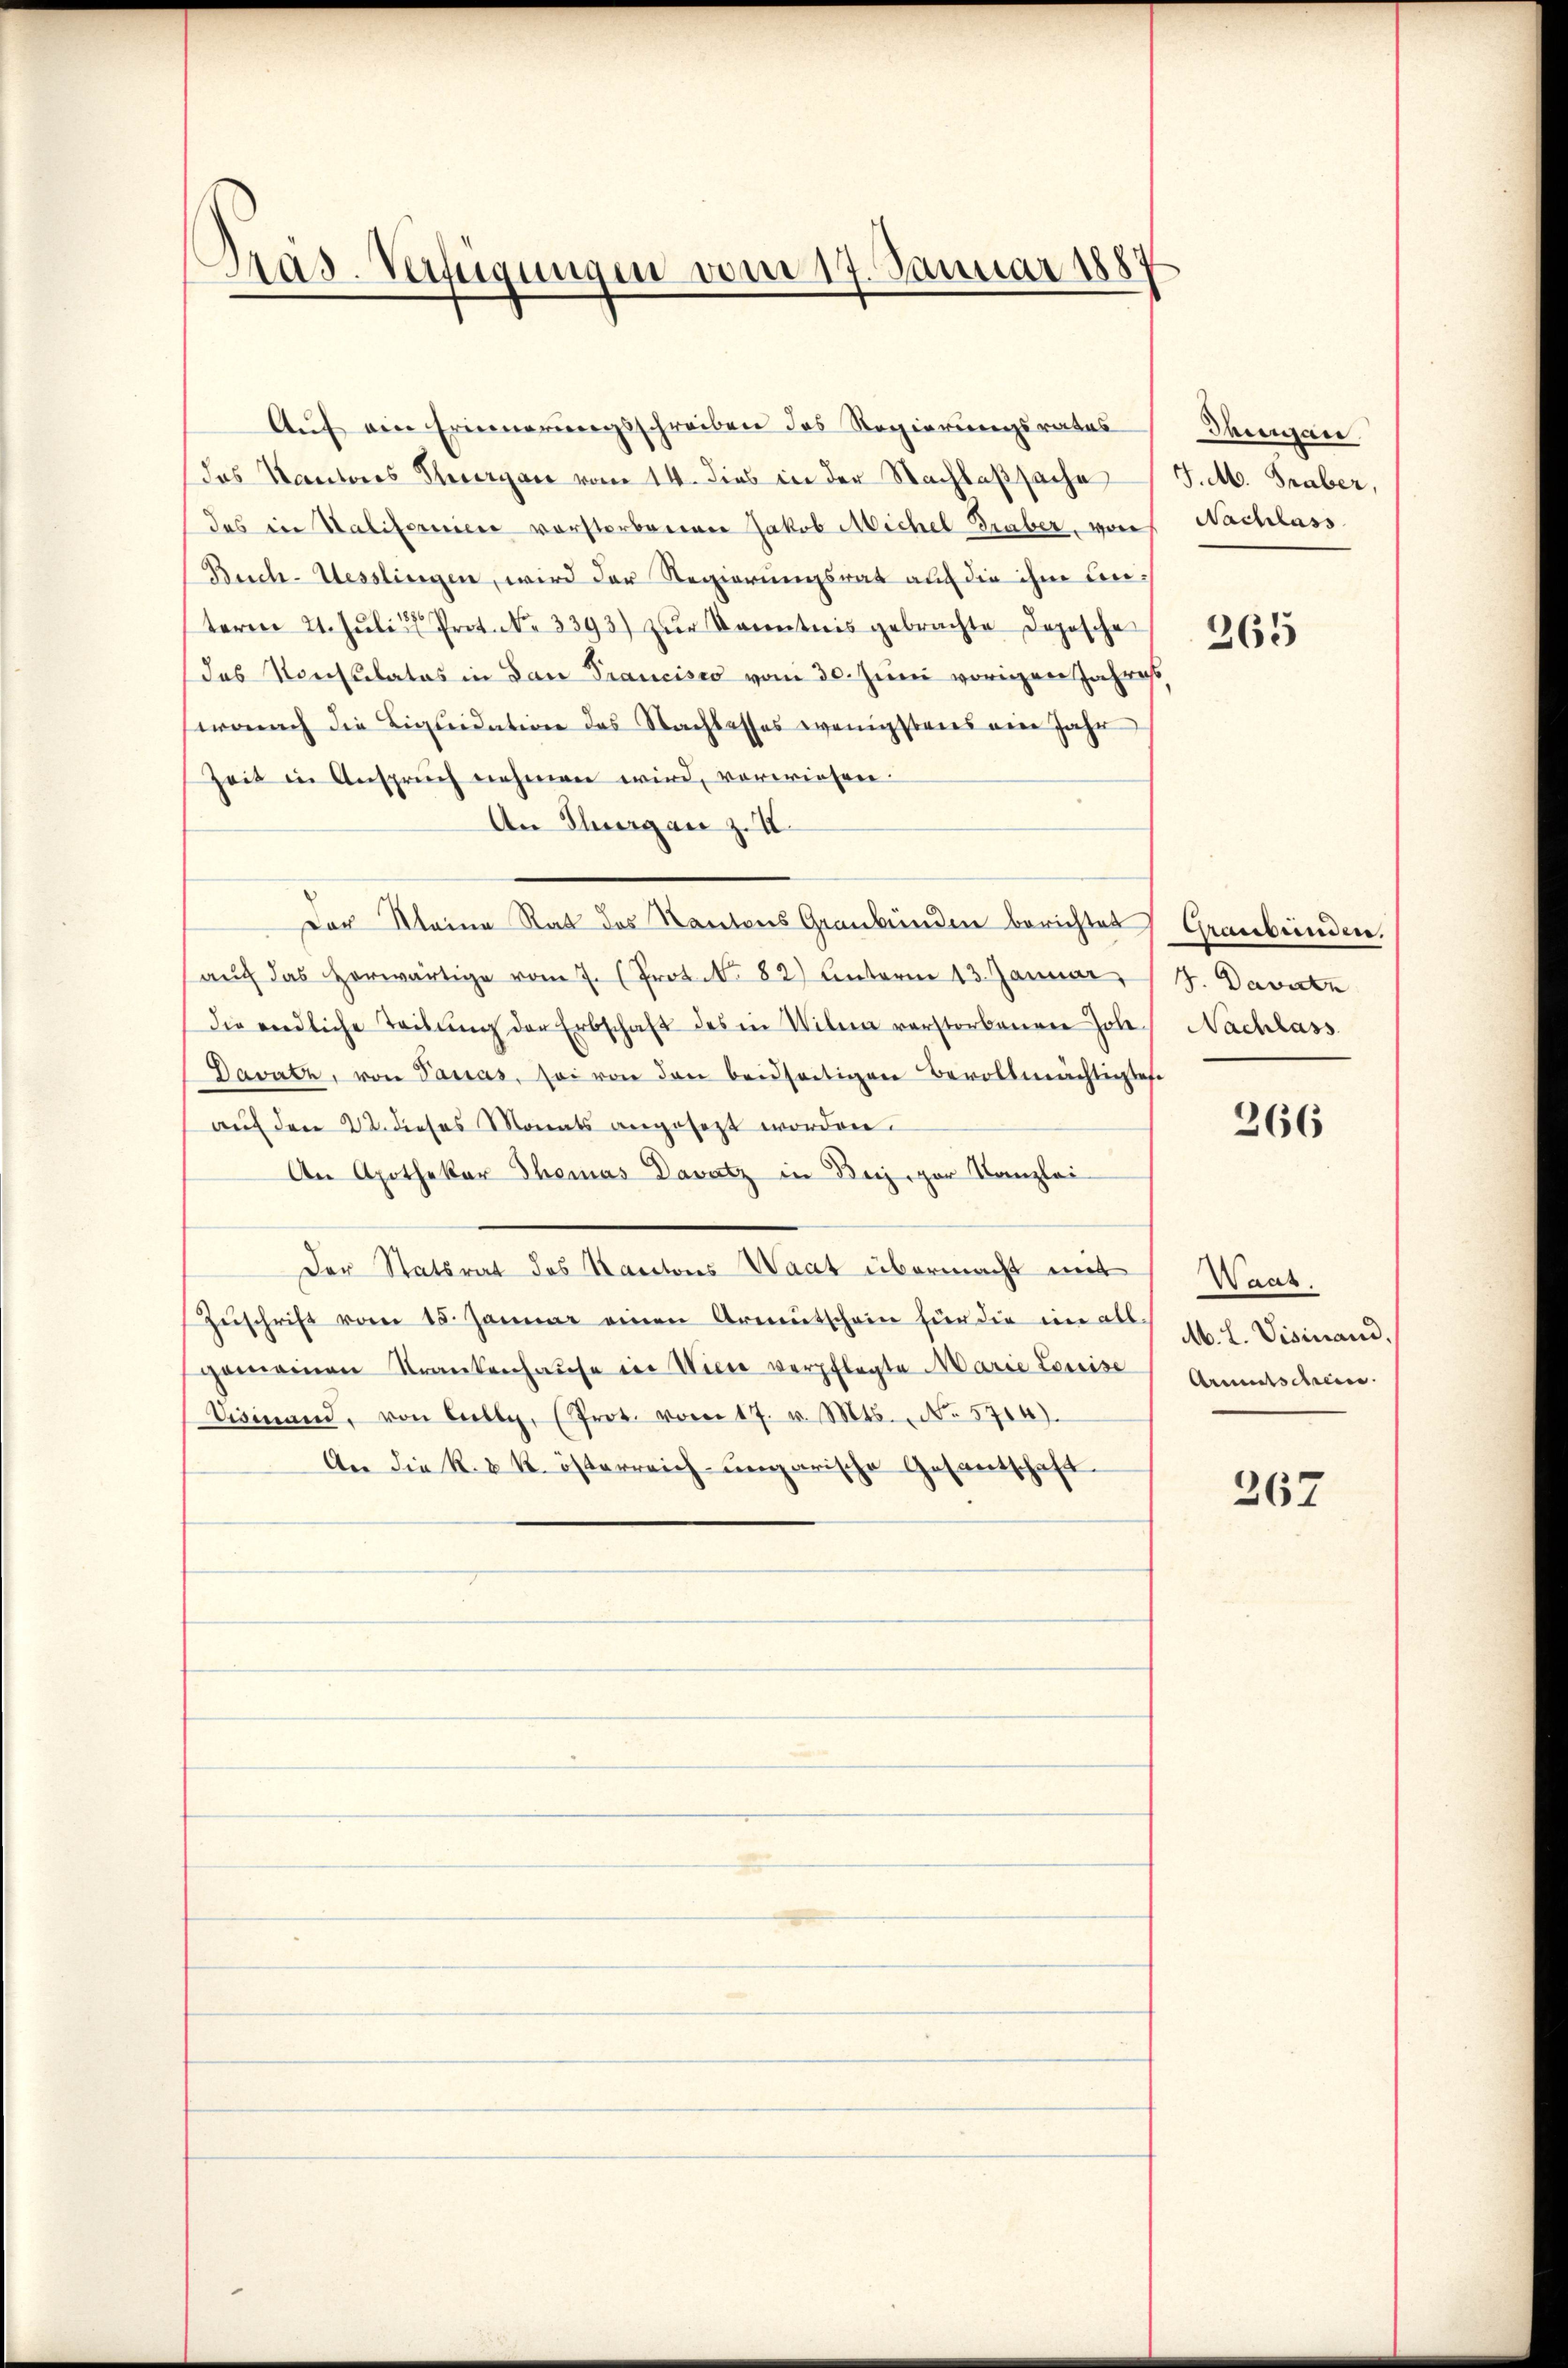
Pras-Verfügungen vom 17. Januar 1887

Auf ein Erinnerungsschreiben des Regierungsrates
das Kantons Hergan vom 14. dies in der Nachlaßsache J. M. Graber,
das in Valiforniere vorstorbenen Jakob Michel Graber, von Nachlass
Buch-Hesslingen, wird der Regierungsrat auf die ihm unterm 21. Juli Prot. 3393) zur Kenntnis gebrachte Depesche
das Konsulates in dan Francisco vom 30. Juni vorigen Jahres
wonach die Liquidation des Nachtesses wenigstens ein Jahr
Zeit in Anspruch nehmen wird, verwiesen.
An Thurgau z.Z.
Der Kleine Rat des Kantons Graubünden berichtet Graubünden.
aŭch das herwärtige vom 7. (Prot. No 82) Unterm 13. Januar 19. Davatz
die endliche Teilŭng der Erbschaft des in Willa verstorbenen Johe¬
Davatz, von Passas, sei von den beidseitigen Bevollmächtigtes
auf den 22. dieses Monats angesezt worden.
An Apothekar Thomas Davatz in Beispar Kanzlei
Der Statsrat des Kantons Waat übermacht mit
Zŭschrift vom 15. Januar einen Armutschein für die im all-
gemeinen Krankenhause in Wiene verpflegte Marie Louise
Dieinand, von Bally, (Prot. vom 17. v. Mts. No 5704).
An die k. k. österreich-ungarische Gesantschaft

Jaungan

265

Nachlass

266

Waas.
M. L. Visinand.
Armutschein.

267